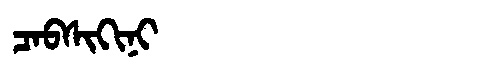
Manchu: ᠴᠠᠪᠰᡳᡴᡳᠨᡳ
Romanization: CABSIKINI